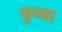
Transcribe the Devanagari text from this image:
कुब्वा